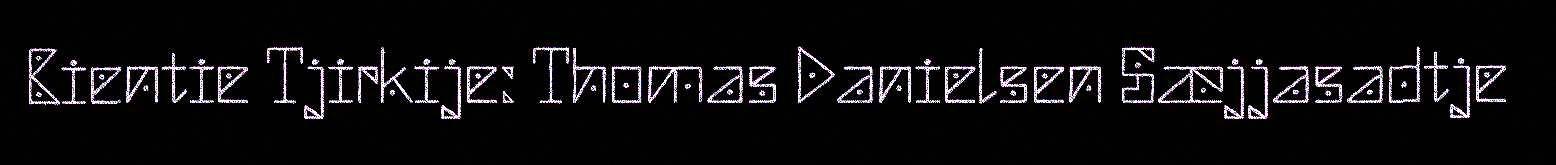
Bientie Tjirkije: Thomas Danielsen Sæjjasadtje